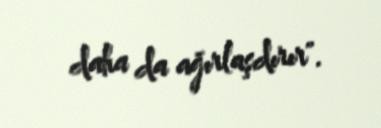
daha da ağırlaşdırır".